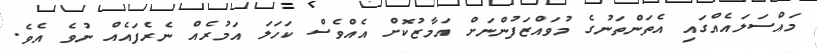
މައްސަލައެއްގައި އެތަންތަނުގެ މުވައްޒަފުންނަށް އަމާޒުކޮށް އެއްވެސް ކަހަލަ އަމުރެއް ނެރެފައެއް ނުވެ އެވެ.